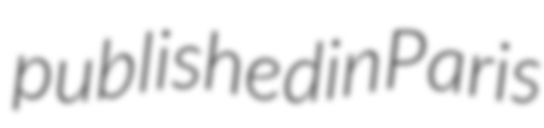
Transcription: published in Paris